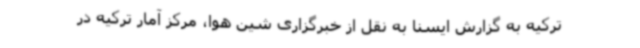
ترکیه به گزارش ایسنا به نقل از خبرگزاری شین هوا، مرکز آمار ترکیه در